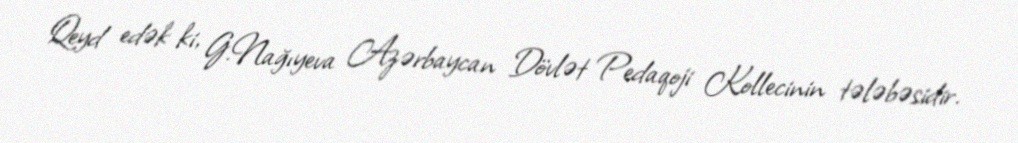
Qeyd edək ki, G.Nağıyeva Azərbaycan Dövlət Pedaqoji Kollecinin tələbəsidir.